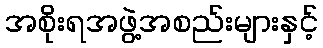
အစိုးရအဖွဲ့အစည်းများနှင့်